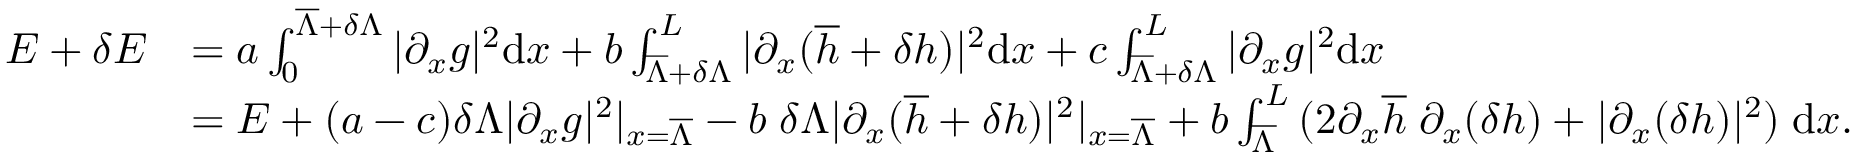
\begin{array} { r l } { E + \delta E } & { = a \int \displaylimits _ { 0 } ^ { \overline { { \Lambda } } + \delta \Lambda } { | \partial _ { x } g | ^ { 2 } \mathrm { d } x } + b \int \displaylimits _ { \overline { { \Lambda } } + \delta \Lambda } ^ { L } { | \partial _ { x } ( \overline { { h } } + \delta h ) | ^ { 2 } \mathrm { d } x } + c \int \displaylimits _ { \overline { { \Lambda } } + \delta \Lambda } ^ { L } { | \partial _ { x } g | ^ { 2 } \mathrm { d } x } } \\ & { = E + ( a - c ) \delta \Lambda | \partial _ { x } g | ^ { 2 } | _ { x = \overline { { \Lambda } } } - b \; \delta \Lambda | \partial _ { x } ( \overline { { h } } + \delta h ) | ^ { 2 } | _ { x = \overline { { \Lambda } } } + b \int \displaylimits _ { \overline { { \Lambda } } } ^ { L } { ( 2 \partial _ { x } \overline { { h } } \; \partial _ { x } ( \delta h ) + | \partial _ { x } ( \delta h ) | ^ { 2 } ) \; \mathrm { d } x } . } \end{array}